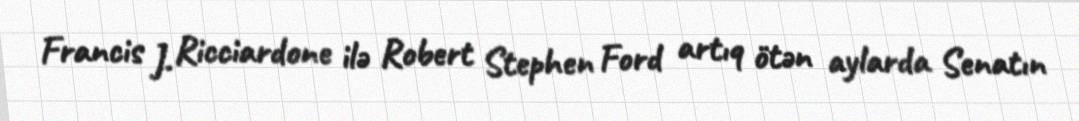
Francis J. Ricciardone ilə Robert Stephen Ford artıq ötən aylarda Senatın